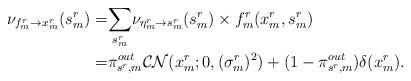
LaTeX: \begin{align*}\nu_{f_{m}^{r}\rightarrow x_{m}^{r}}(s_{m}^{r})= & \underset{s_{m}^{r}}{\sum}\nu_{\eta_{m}^{r}\rightarrow s_{m}^{r}}(s_{m}^{r})\times f_{m}^{r}(x_{m}^{r},s_{m}^{r}) \\= & \pi_{s^{r},m}^{out}\mathcal{CN}(x_{m}^{r};0,(\sigma_{m}^{r})^{2})+(1-\pi_{s^{r},m}^{out})\delta(x_{m}^{r}).\end{align*}